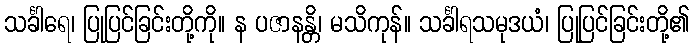
သင်္ခါရေ၊ ပြုပြင်ခြင်းတို့ကို။ န ပဇာနန္တိ၊ မသိကုန်။ သင်္ခါရသမုဒယံ၊ ပြုပြင်ခြင်းတို့၏